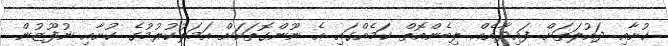
ކުށާއި ދައުލަތަށް ފައިދާއެއް ލިބެންއޮތް ކަމެއްގައި އެ ނޫންގޮތަކަށް އަމަލުކުރުމުގެ ކުށާއި ނުފޫޒުން